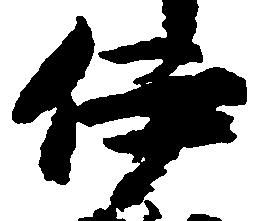
伊